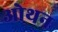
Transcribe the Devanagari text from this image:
ओथन